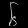
Digit: ၆